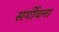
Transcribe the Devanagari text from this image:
सर्गीवना